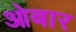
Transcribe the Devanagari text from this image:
ओबार